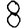
Digit: 8